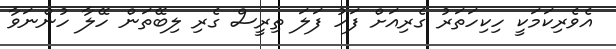
އެވެރިކަމަކީ ހިކިހަތަރު ގެރިއަށް ފަހު ފަލަ ތިރީސް ގެރި ލިބޭތަން ހޭލާ ހުންނަވާ